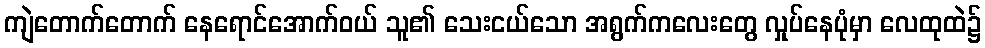
ကျဲတောက်တောက် နေရောင်အောက်ဝယ် သူ၏ သေးငယ်သော အရွက်ကလေးတွေ လှုပ်နေပုံမှာ လေထုထဲ၌